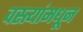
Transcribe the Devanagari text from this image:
वस्त्यांमधून